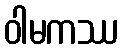
ဝါမကဿ